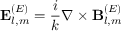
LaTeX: \mathbf { E } _ { l , m } ^ { ( E ) } = { \frac { i } { k } } \nabla \times \mathbf { B } _ { l , m } ^ { ( E ) }